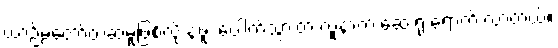
ယာဉ်မတော်တဆမှုဖြစ်လို့ နဖူး ပေါက်သွားတဲ့ လူနာက ဆေးရုံ ရောက် လာတယ်။